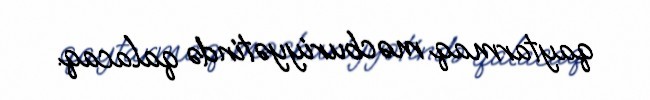
qaytarmaq məcburiyyətində qalacaq.